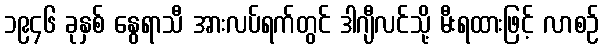
၁၉၄၆ ခုနှစ် နွေရာသီ အားလပ်ရက်တွင် ဒါဂျီလင်သို့ မီးရထားဖြင့် လာစဉ်